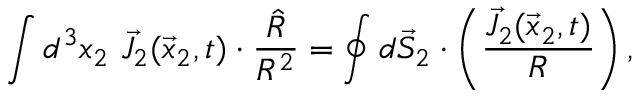
\int d ^ { 3 } x _ { 2 } ~ \vec { J } _ { 2 } ( \vec { x } _ { 2 } , t ) \cdot \frac { \hat { R } } { R ^ { 2 } } = \oint d \vec { S } _ { 2 } \cdot \left( \frac { \vec { J } _ { 2 } ( \vec { x } _ { 2 } , t ) } { R } \right) ,